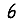
Digit: 6